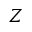
Z